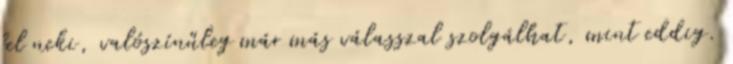
fel neki, valószínűleg már más válasszal szolgálhat, mint eddig.